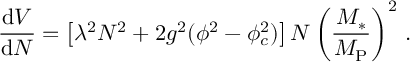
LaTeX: \frac { \mathrm { d } V } { \mathrm { d } N } = \left[ \lambda ^ { 2 } N ^ { 2 } + 2 g ^ { 2 } ( \phi ^ { 2 } - \phi _ { c } ^ { 2 } ) \right] N \left( \frac { M _ { * } } { M _ { \mathrm { P } } } \right) ^ { 2 } \, .